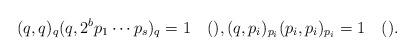
LaTeX: \begin{align*}(q,q)_q (q, 2^b p_1\cdots p_s)_q=1\quad(), (q, p_i)_{p_i} (p_i, p_i)_{p_i} = 1 \quad().\end{align*}